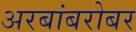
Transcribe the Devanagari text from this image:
अरबांबरोबर